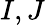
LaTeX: I,J